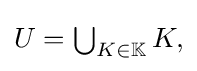
{\textstyle U=\bigcup _{K\in \mathbb {K} }K,}